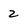
Character: 2